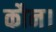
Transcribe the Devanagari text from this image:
कौन।